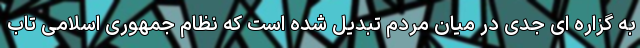
به گزاره ای جدی در میان مردم تبدیل شده است که نظام جمهوری اسلامی تاب